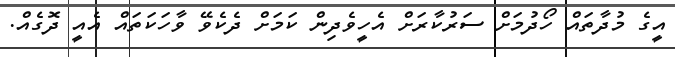
އީގެ މުދާތައް ހޯދުމަށް ސަރުކާރަށް އެހީވެދިން ކަމަށް ދެކެވޭ ވާހަކަތައް އެއީ ދޮގެއް.